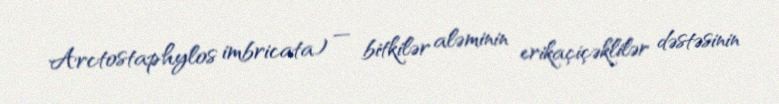
Arctostaphylos imbricata) — bitkilər aləminin erikaçiçəklilər dəstəsinin